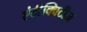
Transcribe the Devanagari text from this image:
एंटीक्विटीज